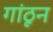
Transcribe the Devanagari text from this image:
गांठून